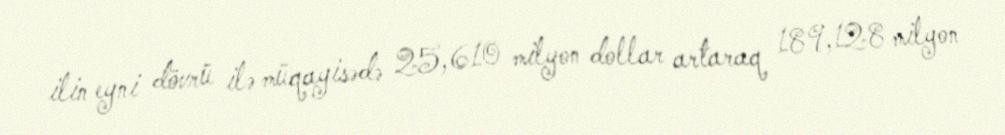
ilin eyni dövrü ilə müqayisədə 25,610 milyon dollar artaraq 189,128 milyon